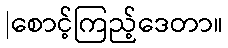
|စောင့်ကြည့်ဒေတာ။